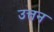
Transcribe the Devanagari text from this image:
उत्तन